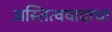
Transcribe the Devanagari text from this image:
अस्तित्ववादाचा